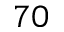
7 0